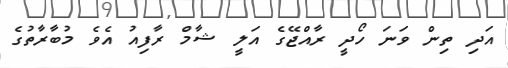
އަދި ތިން ވަނަ ހޯދީ ރާއްޖޭގެ އަލީ ޝާމް ރާފިއު އެވެ މުބާރާތުގެ